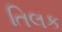
તિલક